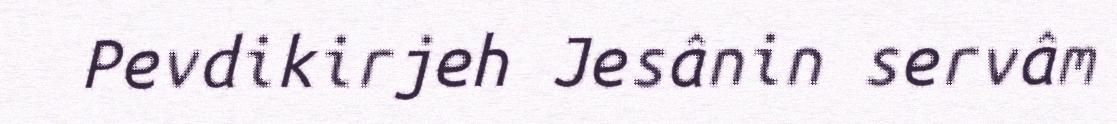
Pevdikirjeh Jesânin servâm